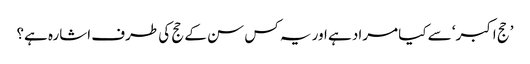
’حج اکبر‘ سے کیا مراد ہے اور یہ کس سن کے حج کی طرف اشارہ ہے؟